Lunatic asylums Punjab 1881-1894 - 1881-1894
Year: 1881
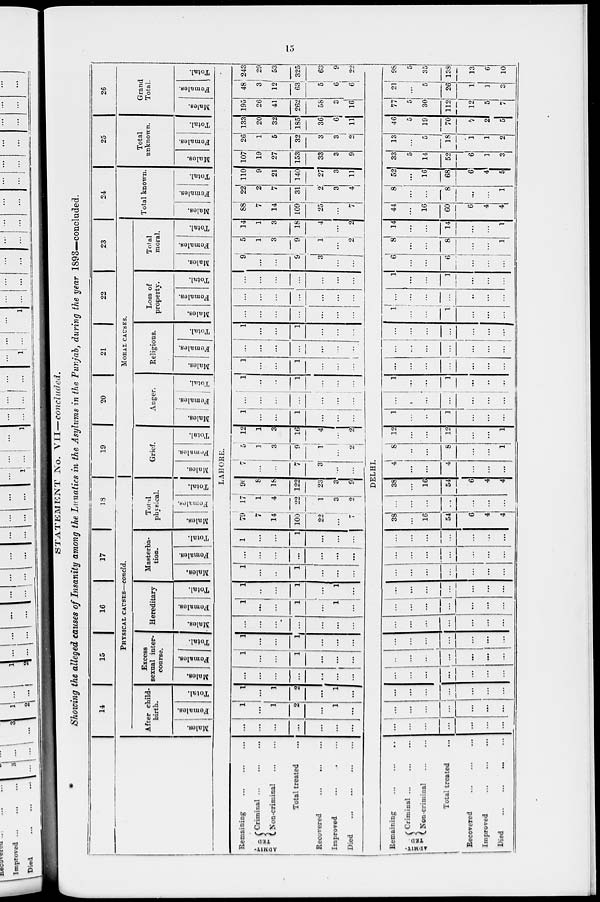
15
STATEMENT No. VII—concluded.
Showing the alleged causes of Insanity among the Lunatics in the Asylums in the Punjab, during the year 1893—concluded.
1
Remaining
ADMIT-
TED
Criminal ... ... ...
Non -criminal ... ...
Total treated ...
Recovered
...
... ...
Improved ... ... ...
Died
...
...
...
...
. Remaining
ADMIT-
TED
Criminal ... ... ...
Non-criminal
Total treated ...
Recovered
Improved
Died
14 15 16 17 18
PHYSICAL CAUSES —concld.
After child-
birth.
Males.
Females.
Total.
Excess
sexual inter-
coarse.
Males.
Females.
Total.
Hereditary
Males.
Females.
Total.
Masterba-
tion.
Males.
Females.
Total.
Total
physical.
Males.
Females.
Total.
19
20
21 22 23
MORAL CAUSES.
Grief.
Males.
Females.
Total.
Anger.
Males.
Females.
Total.
Religious.
Males.
Females.
Total.
Loss of
property.
Males.
Females.
Total.
Total
moral.
Males.
Females.
Total.
24
Total known.
Males.
Females.
Total.
25
Total
unknown.
Males.
Females.
Total.
26
Grand
Total.
Males.
Females.
Total.
LAHORE.
...
...
...
...
...
...
...
1
...
1
2
...
1
...
1
...
1
2
...
1
...
...
...
...
...
...
...
1
...
...
1
...
...
...
1
...
...
1
...
...
...
...
...
...
...
...
...
...
1
...
...
1
...
1
...
1
...
...
...
...
1
...
1
...
...
1
...
...
...
...
...
...
...
...
...
...
1
...
...
1
...
...
...
79
7
14
100
22
...
7
17
1
4
22
1
3
2
90
8
18
122
23
3
9
7
...
...
9
3
...
...
5
1
3
1
...
2
!
12
1
3
16
4
...
2
1
...
...
1
...
...
...
...
...
...
...
...
...
...
1
...
...
1
...
...
...
1
...
...
1
...
...
...
...
...
...
...
...
...
1
...
...
1
...
...
...
...
...
...
...
...
...
...
...
...
...
...
...
...
...
...
...
...
...
...
...
...
9
...
...
9
3
...
...
5
1
3
9
1
...
2
14
1
3
18
4
...
2
88
7
14
109
25
...
7
22
2
7
31
2
3
4
110
9
21
140
27
3
11
107
19
27
153
33
3
9
26
1
5
32
3
3
2
133
20
32
185
36
6
11
195
26
41
262
58
3
16
48
3
12
63
5
6
6
243
29
53
325
63
9
22
DELHI.
...
...
...
...
...
...
...
...
...
...
...
...
...
...
...
...
...
...
...
...
...
...
...
...
...
...
...
...
...
...
...
...
...
...
...
...
...
...
...
...
...
...
...
...
...
...
...
...
...
...
... ...
...
...
...
...
...
...
...
...
...
...
...
...
...
...
...
...
...
...
...
...
...
...
...
...
...
...
...
...
...
...
...
38
...
16
54
6
4
4
...
...
...
...
...
...
...
38
...
16
54
6
4
4
4
...
...
4
...
...
...
8
...
...
8
...
...
1
12
...
...
12
...
...
1
1
...
...
1
...
...
...
...
1
...
...
...
...
...
1
...
...
1
...
...
...
...
...
...
...
...
...
...
...
...
...
...
...
...
...
...
...
...
...
...
...
...
1
...
...
1
...
...
...
...
...
...
...
..
...
...
1
...
1
...
...
...
6
...
...
6
...
...
...
8
...
...
8
...
...
1
14
...
...
14
...
...
1
44
...
16
60
6
4
4
8
...
...
8
...
...
1
52
...
16
68
6
4
5
33
5
14
52
6
1
3
13
...
5
18
1
1
2
46
5
19
70
7
2
5
77
5
30
112
12
5
7
21
...
5
26
1
1
3
98
5
35
138
13
6
10